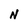
Character: N